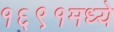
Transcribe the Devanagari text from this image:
१६९१मध्ये